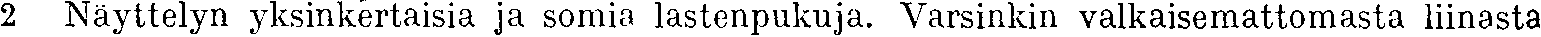
2 Näyttelyn yksinkertaisia ja somia lastenpukuja. Varsinkin valkaisemattomasta liinasta